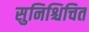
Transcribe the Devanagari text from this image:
सुनिश्चिचित